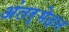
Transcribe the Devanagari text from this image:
अंतर्भेदन